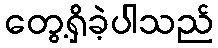
တွေ့ရှိခဲ့ပါသည်